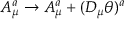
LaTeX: A _ { \mu } ^ { a } \to A _ { \mu } ^ { a } + ( D _ { \mu } \theta ) ^ { a }